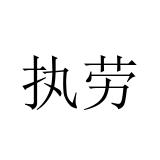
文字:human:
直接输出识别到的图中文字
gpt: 执劳